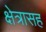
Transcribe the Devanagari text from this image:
क्षेत्रासह